Civil Veterinary Dept. Assam report 1927-50 - 1927-1950
Year: 1927
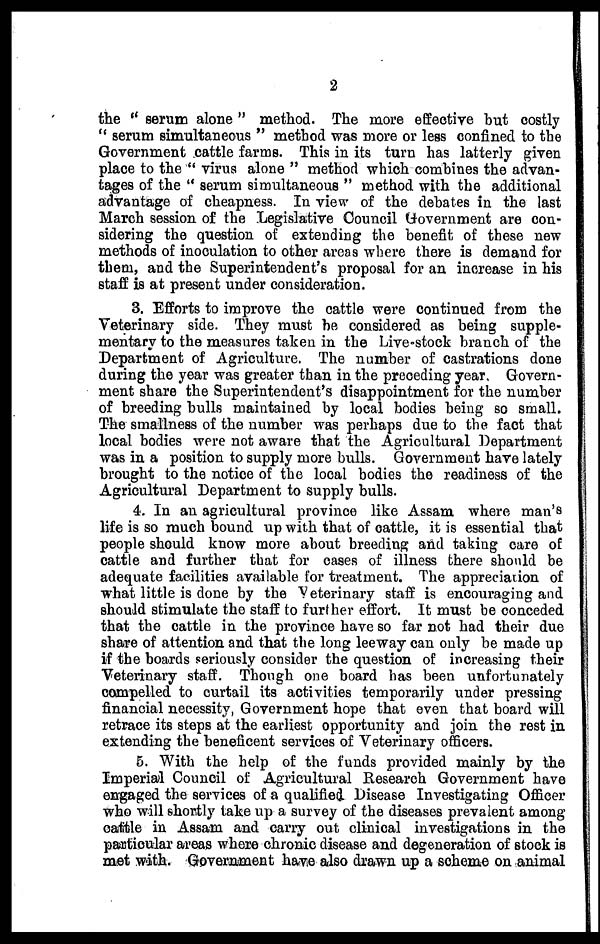
2
the " serum alone " method. The more effective but costly
"serum simultaneous " method was more or less confined to the
Government cattle farms. This in its turn has latterly given
place to the " virus alone " method which combines the advan-
tages of the " serum simultaneous " method with the additional
advantage of cheapness. In view of the debates in the last
March session of the Legislative Council Government are con-
sidering the question of extending the benefit of these new
methods of inoculation to other areas where there is demand for
them, and the Superintendent's proposal for an increase in his
staff is at present under consideration.
3. Efforts to improve the cattle were continued from the
Veterinary side. They must be considered as being supple-
mentary to the measures taken in the Live-stock branch of the
Department of Agriculture. The number of castrations done
during the year was greater than in the preceding year. Govern-
ment share the Superintendent's disappointment for the number
of breeding bulls maintained by local bodies being so small.
The smallness of the number was perhaps due to the fact that
local bodies were not aware that the Agricultural Department
was in a position to supply more bulls. Government have lately
brought to the notice of the local bodies the readiness of the
Agricultural Department to supply bulls.
4. In an agricultural province like Assam where man's
life is so much bound up with that of cattle, it is essential that
people should know more about breeding and taking care of
cattle and further that for cases of illness there should be
adequate facilities available for treatment. The appreciation of
what little is done by the Veterinary staff is encouraging and
should stimulate the staff to further effort. It must be conceded
that the cattle in the province have so far not had their due
share of attention and that the long leeway can only be made up
if the boards seriously consider the question of increasing their
Veterinary staff. Though one board has been unfortunately
compelled to curtail its activities temporarily under pressing
financial necessity, Government hope that even that board will
retrace its steps at the earliest opportunity and join the rest in
extending the beneficent services of Veterinary officers.
5. With the help of the funds provided mainly by the
Imperial Council of Agricultural Research Government have
engaged the services of a qualified Disease Investigating Officer
who will shortly take up a survey of the diseases prevalent among
cattle in Assam and carry out clinical investigations in the
particular areas where chronic disease and degeneration of stock is
met with. Government have also drawn up a scheme on animal